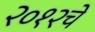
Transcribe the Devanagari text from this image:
२०१२चे